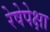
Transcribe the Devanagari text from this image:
रेषेपेक्षा